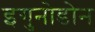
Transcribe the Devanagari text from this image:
इगुनोडोन